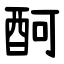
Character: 酠